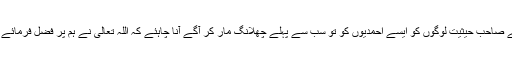
ایسے صاحب حیثیت لوگوں کو ایسے احمدیوں کو تو سب سے پہلے چھلانگ مار کر آگے آنا چاہئے کہ اللہ تعالیٰ نے ہم پر فضل فرمائے ہیں۔